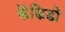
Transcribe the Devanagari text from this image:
केंडिडो